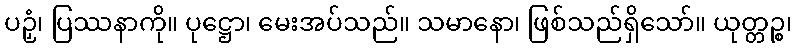
ပဉှံ၊ ပြဿနာကို။ ပုဋ္ဌော၊ မေးအပ်သည်။ သမာနော၊ ဖြစ်သည်ရှိသော်။ ယုတ္တဉ္စ၊